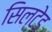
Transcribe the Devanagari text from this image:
सिल्टेड